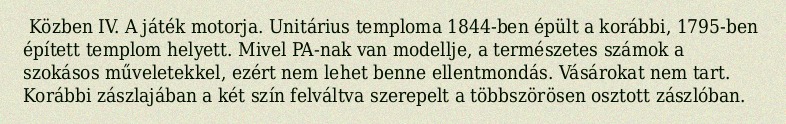
Közben IV. A játék motorja. Unitárius temploma 1844-ben épült a korábbi, 1795-ben épített templom helyett. Mivel PA-nak van modellje, a természetes számok a szokásos műveletekkel, ezért nem lehet benne ellentmondás. Vásárokat nem tart. Korábbi zászlajában a két szín felváltva szerepelt a többszörösen osztott zászlóban.